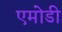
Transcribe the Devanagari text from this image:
एमोडी